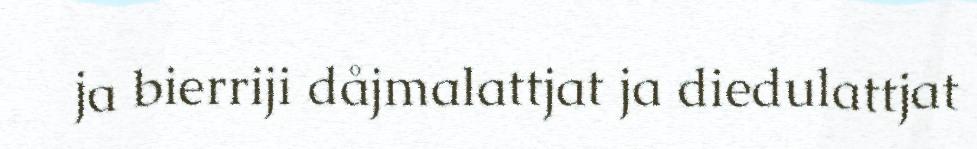
ja bierriji dåjmalattjat ja diedulattjat